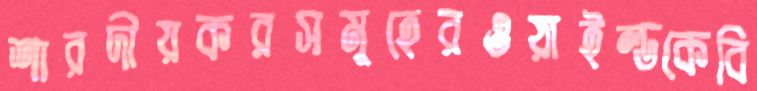
শারদীয়করসমূহেরওয়াইল্ডকেবি